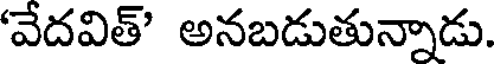
'వేదవిత్' అనబడుతున్నాడు.